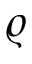
\varrho